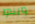
ويبدوا